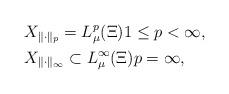
LaTeX: \begin{align*}&X_{\Vert\cdot\Vert_p} = L^p_\mu(\Xi) 1\le p<\infty, \\&X_{\Vert\cdot\Vert_\infty} \subset L^\infty_\mu(\Xi) p=\infty,\end{align*}